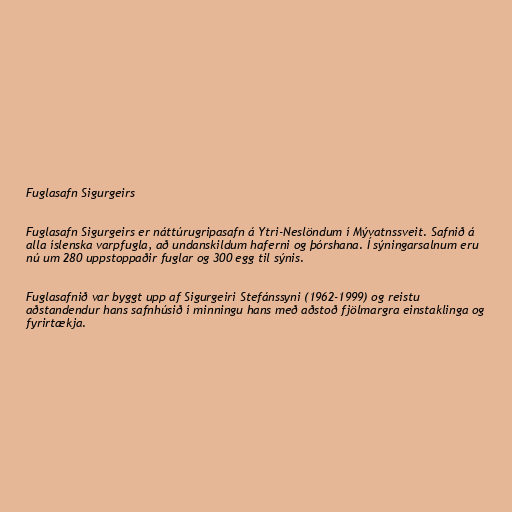
Fuglasafn Sigurgeirs

Fuglasafn Sigurgeirs er náttúrugripasafn á Ytri-Neslöndum í Mývatnssveit. Safnið á
alla íslenska varpfugla, að undanskildum haferni og þórshana. Í sýningarsalnum eru
nú um 280 uppstoppaðir fuglar og 300 egg til sýnis.

Fuglasafnið var byggt upp af Sigurgeiri Stefánssyni (1962-1999) og reistu
aðstandendur hans safnhúsið í minningu hans með aðstoð fjölmargra einstaklinga og
fyrirtækja.